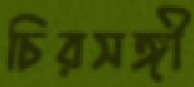
চিরসঙ্গী